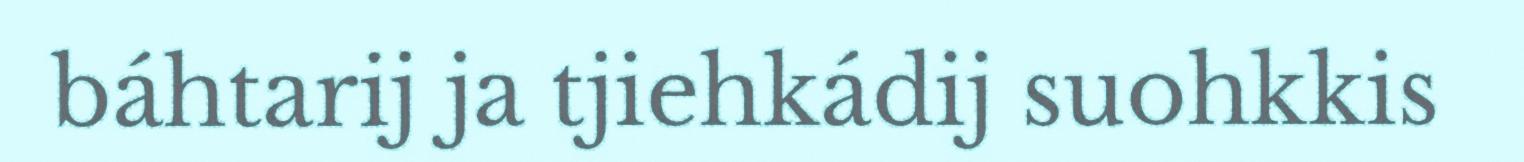
báhtarij ja tjiehkádij suohkkis